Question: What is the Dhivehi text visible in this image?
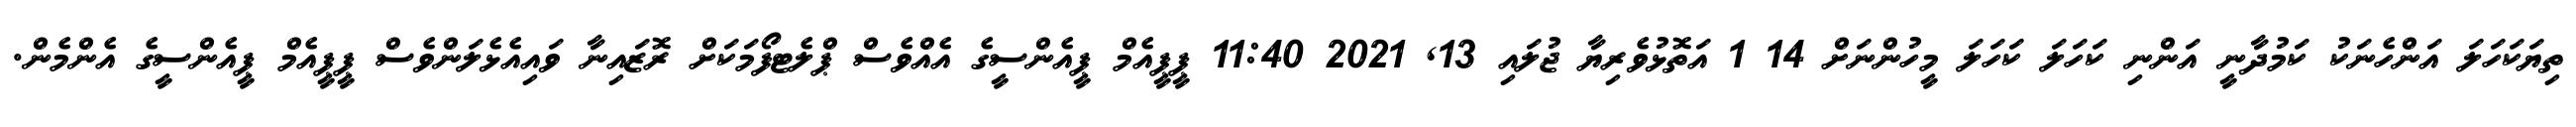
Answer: ތިޔަކަހަލަ އަންހެނަކު ކަމުދާނީ އަންނި ކަހަލަ ކަހަލަ މީހުންނަށް 14 1 އަތޮޅުވެރިޔާ ޖުލައި 13, 2021 11:40 ޕީޕީއެމް ޕީއެންސީގެ އެއްވެސް ޕްލެޓފޯމަކަށް ރޮޒައިނާ ވައިއެޅެލަންވެސް ޕީޕީއެމް ޕީއެންސީގެ އެންމެން.